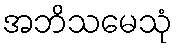
အဘိသမေသုံ